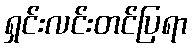
ရှင်းလင်းတင်ပြရာ